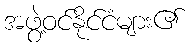
အဖွဲ့ဝင်နိုင်ငံများ၏